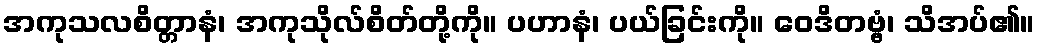
အကုသလစိတ္တာနံ၊ အကုသိုလ်စိတ်တို့ကို။ ပဟာနံ၊ ပယ်ခြင်းကို။ ဝေဒိတဗ္ဗံ၊ သိအပ်၏။